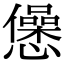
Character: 𢤁